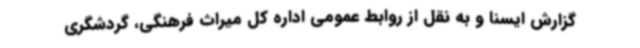
گزارش ایسنا و به نقل از روابط عمومی اداره کل میراث فرهنگی، گردشگری